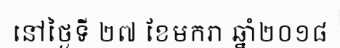
នៅថ្ងៃទី ២៧ ខែមករា ឆ្នាំ២០១៨